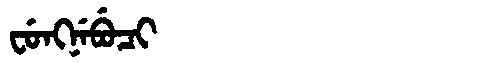
Manchu: ᠸᡠᠩᠨᡝᠪᡠᠴᡳ
Romanization: FUNGNEBUCI